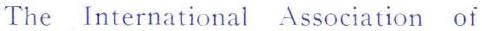
The International Association of